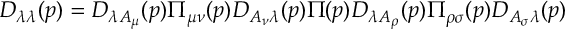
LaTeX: D _ { \lambda \lambda } ( p ) = D _ { \lambda A _ { \mu } } ( p ) \Pi _ { \mu \nu } ( p ) D _ { A _ { \nu } \lambda } ( p ) \Pi ( p ) D _ { \lambda A _ { \rho } } ( p ) \Pi _ { \rho \sigma } ( p ) D _ { A _ { \sigma } \lambda } ( p )